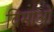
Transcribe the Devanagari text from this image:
विमाओ